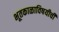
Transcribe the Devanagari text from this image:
भूतकाळाविषयीची